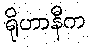
ရိုဟာနီက